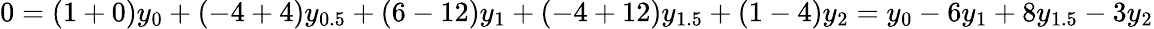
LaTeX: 0=(1+0)y_{0}+(-4+4)y_{0.5}+(6-12)y_{1}+(-4+12)y_{1.5}+(1-4)y_{2}=y_{0}-6y_{1}+8y_{1.5}-3y_{2}